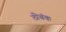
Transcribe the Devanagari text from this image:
ठीबंक